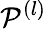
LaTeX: \mathcal{P}^{(l)}